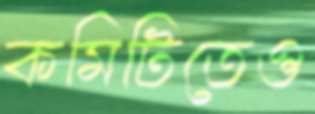
কমিটিতেও